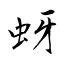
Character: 蚜